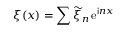
\xi ( x ) = \sum \widetilde \xi _ { n } \, \mathrm { e } ^ { \mathsf { i } n x }